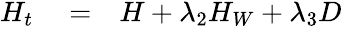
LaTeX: \begin{array}{rlr}{H_{t}}&{{}=}&{H+\lambda_{2}H_{W}+\lambda_{3}D}\end{array}